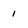
Character: 1